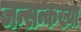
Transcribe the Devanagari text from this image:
जन्सन्कख्या